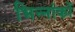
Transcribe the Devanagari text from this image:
भिन्नांकों